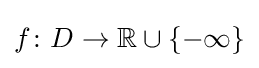
f\colon D\to {\mathbb {R} }\cup \{-\infty \}